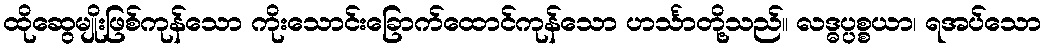
ထိုဆွေမျိုးဖြစ်ကုန်သော ကိုးသောင်းခြောက်ထောင်ကုန်သော ဟင်္သာတို့သည်။ လဒ္ဓပ္ပစ္စယာ၊ ရအပ်သော